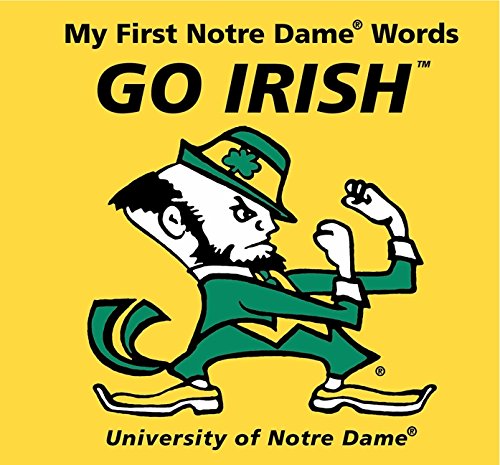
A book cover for My First Notre Dame Words Go Irish; Connie McNamara; Humor & Entertainment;